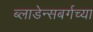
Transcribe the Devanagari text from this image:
ब्लाडेन्सबर्गच्या